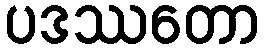
ပဒဿတော